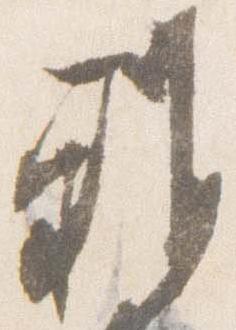
雅